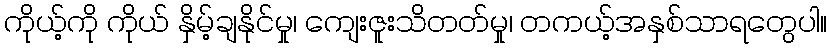
ကိုယ့်ကို ကိုယ် နှိမ့်ချနိုင်မှု၊ ကျေးဇူးသိတတ်မှု၊ တကယ့်အနှစ်သာရတွေပါ။